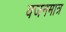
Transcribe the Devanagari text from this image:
वजनमात्र